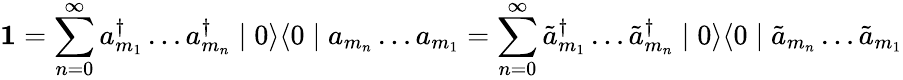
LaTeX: \textbf{1}=\sum_{n=0}^{\infty}a_{m_{1}}^{\dagger}\ldots a_{m_{n}}^{\dagger}\mid 0\rangle\langle 0\mid a_{m_{n}}\ldots a_{m_{1}}=\sum_{n=0}^{\infty}\tilde{a}_{m_{1}}^{\dagger}\ldots\tilde{a}_{m_{n}}^{\dagger}\mid 0\rangle\langle 0\mid\tilde{a}_{m_{n}}\ldots\tilde{a}_{m_{1}}